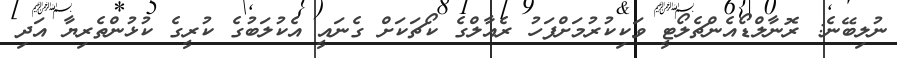
ނުލިބޭނެ: ރޮނާލްޑޯއެންޗެލޯޓީ ވަކިކުރުމަށްފަހު ރެއާލްގެ ކޯޗަކަށް ގެނައީ އެކުލަބުގެ ކުރީގެ ކުޅުންތެރިޔާ އަދި